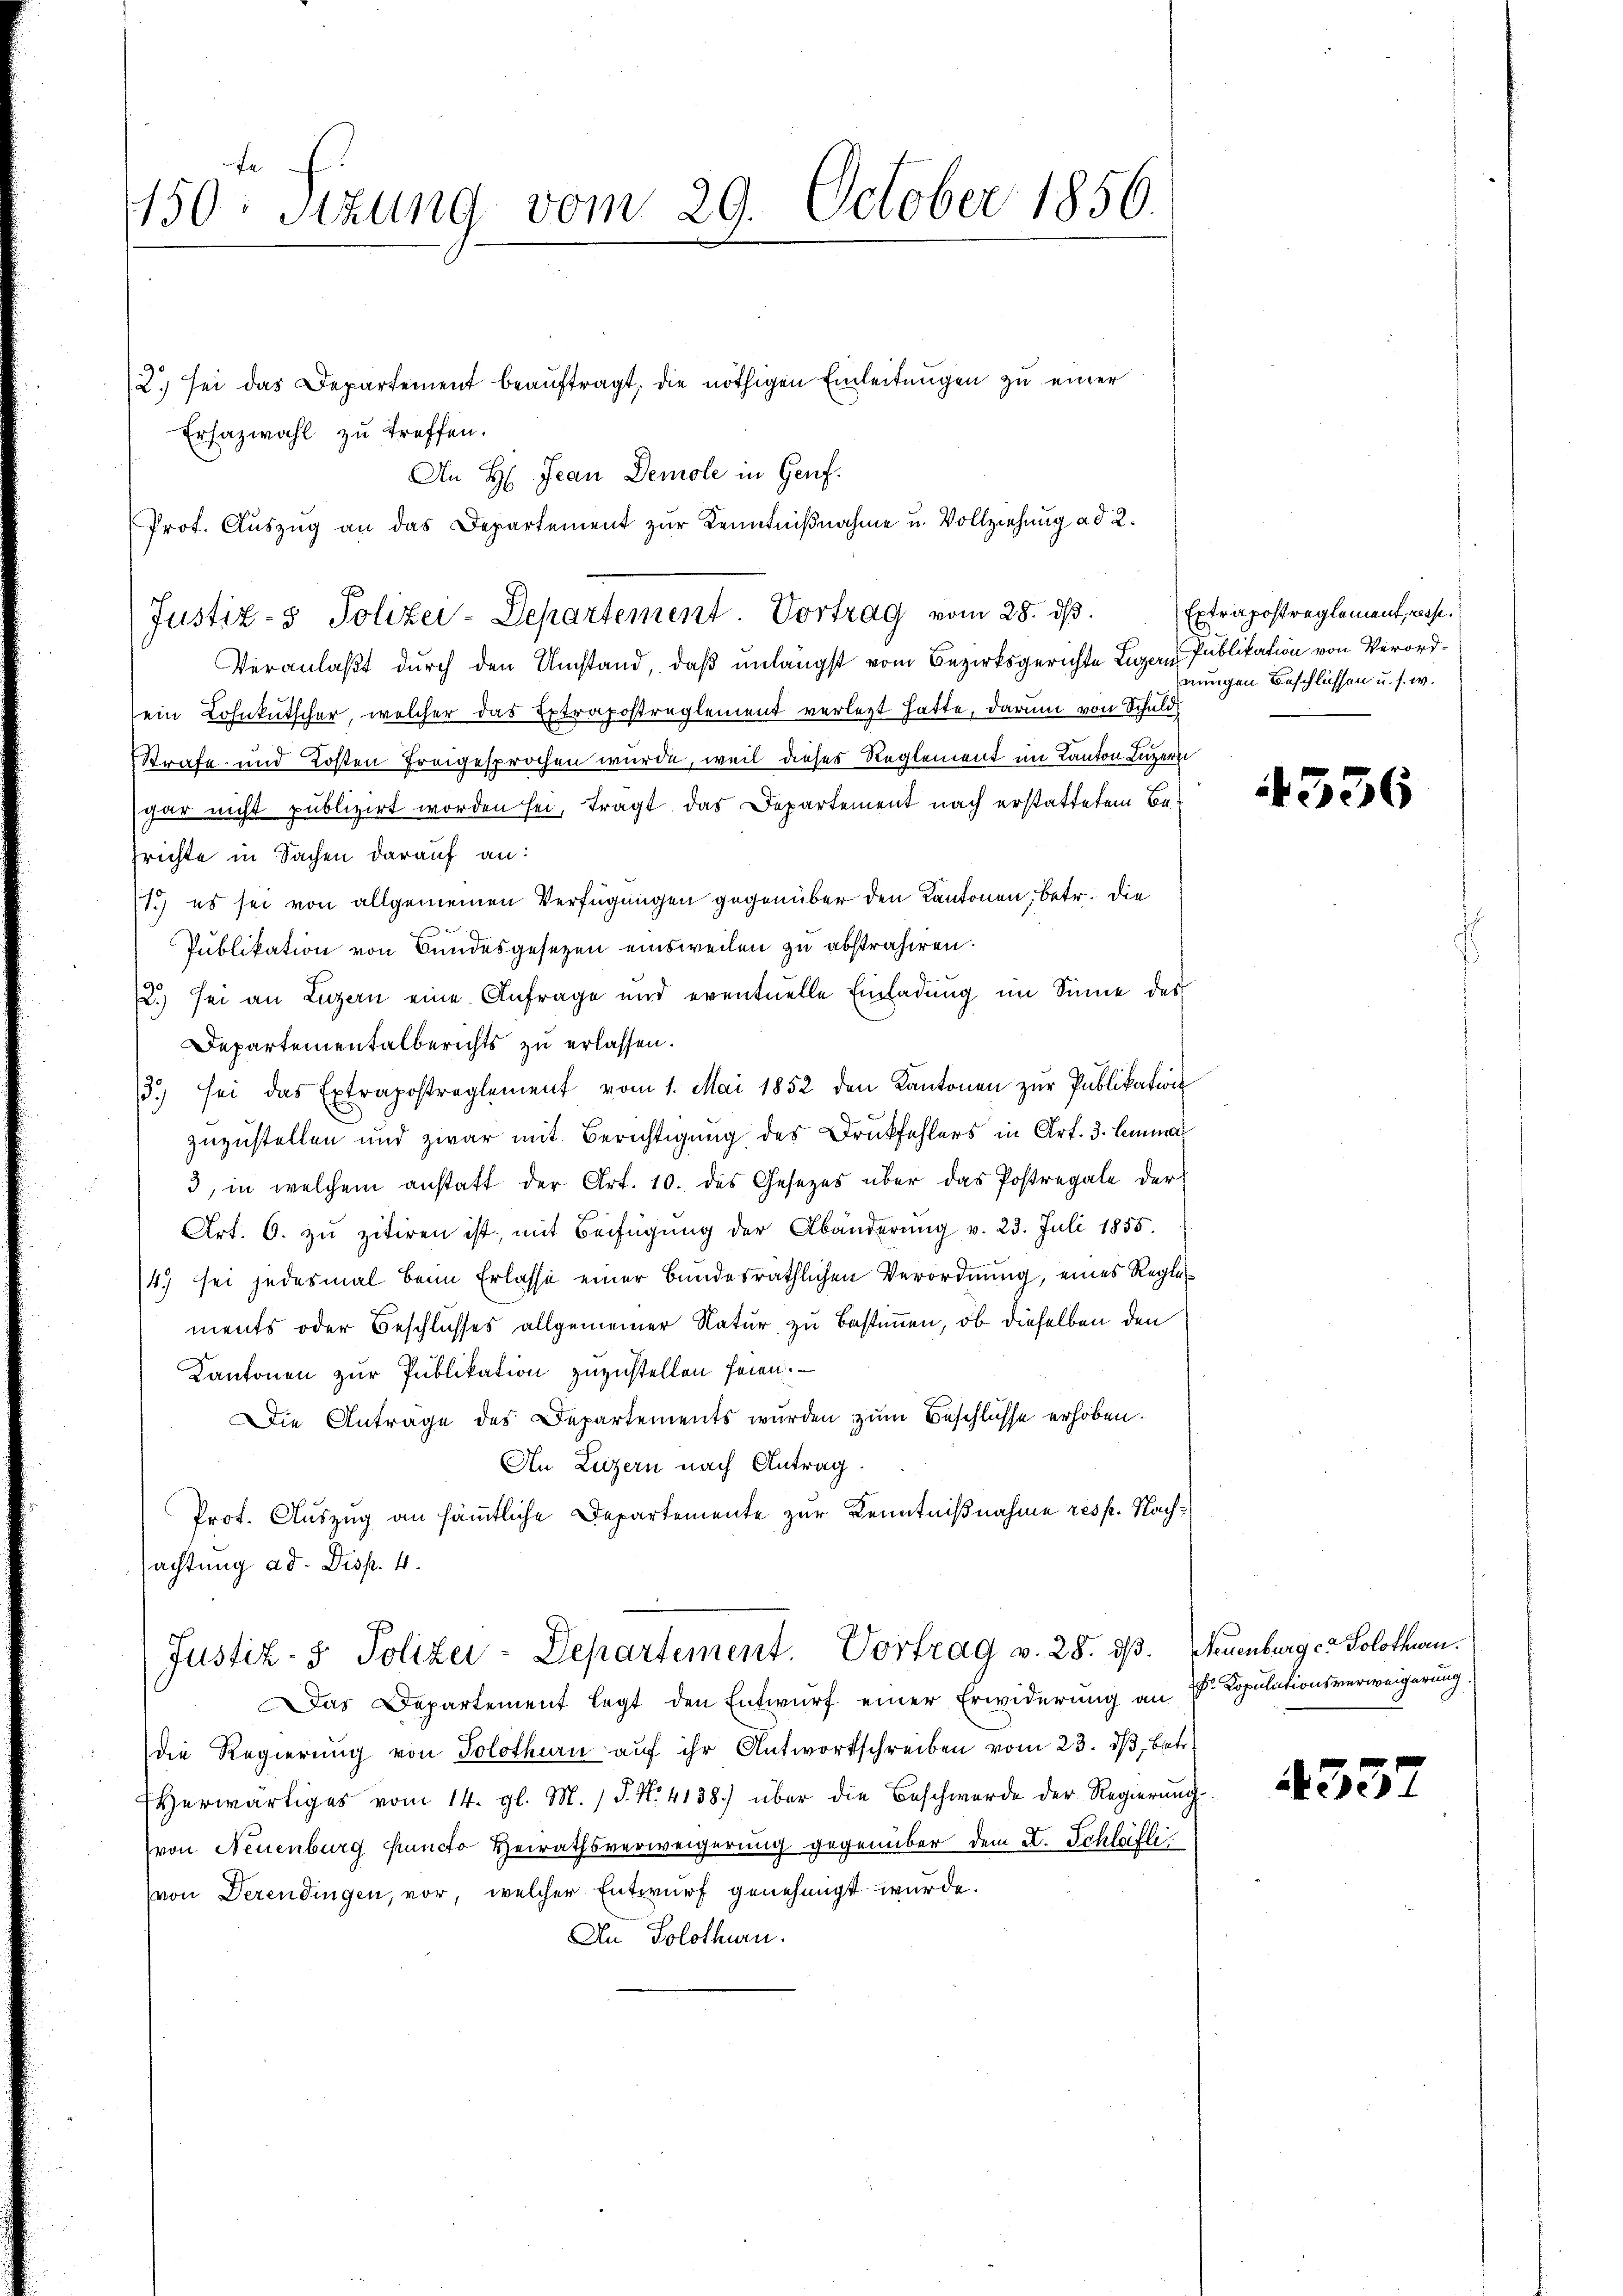
150. Sitzung vom 29. October 1856.

2.) Sei das Departement beauftragt, die nöthigen Einleitungen zu einer
Ersazwahl zu treffen.
Veranlaßt durch den Umstand, daß unlängst vom Bezirksgerichte Luzern Publikation von Verordein Lohnkutscher, welcher das Extrapostreglement verlegt hatte, darum von Schuld
Strafe und Kosten freigesprochen wurde, weil dieses Reglement im Kanton Luzern
gar nicht publizirt worden sei, tragt das Departement nach erstattetem Besrichte in Sachen darauf an:
11.) es sei von allgemeinen Verfügungen gegenüber den Kantonen, betr. die
Publikation von Bundesgesezen einsweilen zu abstrahiren.
.) sei an Luzern eine Anfrage und eventuelle Einladung im Sinne des
Departementalberichts zu erlassen.
13.) sei das Extrapostreglement vom 1. Mai 1852 den Kantonen zŭr Publikation
zuzustellen und zwar mit Berichtigung des Druckfehlers in Art. 3. Lemma
3, in welchem anstatt der Art. 10. des Gesetzes über das Postregale der
Art. 6. zŭ zitiren ist, mit Beifügung der Abänderŭng v. 23. Juli 1855.
4.) sei jedesmal beim Erlasse einer Bundesräthlichen Verordnung, eines Regle
ments oder Beschlusses allgemeiner Natur zu bestimmen, ob dieselben den
Kantonen zur Publikation zuzustellen seien.
Die Antrage des Departements wurden zum Beschlüsse erhoben.
An Luzern nach Antrag.
Prot. Auszug an sämmtliche Departemente zur Kenntnißnahme resp. Nachsachtung ad. Disp. 4.
Justiz- & Polizei-Departement. Vortrag v. 28. dβ. Neuenburg ca Solothurn.
Das Departement legt den Entwurf einer Erwiderung an Sr. Kopulationsverweigerung.
die Regierŭng von Solothurn aŭf ihr Antwortschreiben vom 23. dβ, betr.
Herwärtiges vom 14. gl. M. J. N. 4138) über die Beschwerde der Regierŭng
von Neuenburg functo Heirathsverweigerung gegenüber dem K. Schlafli
(von Derendingen, vor, welcher Entwurf genehmigt wurde.
An Solothurn.

An H: Jean Demole in Genf.
Prot. Auszug an das Departement zur Kenntnißnahme u. Vollziehung ad 2.
Justiz- & Polizei-Departement. Vortrag vom 28. dβ.

Extrapostreglement, resse.
jeungen Beschlüssen u. s. w.

4336

433.